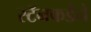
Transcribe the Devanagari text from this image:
स्टॅनफर्डने